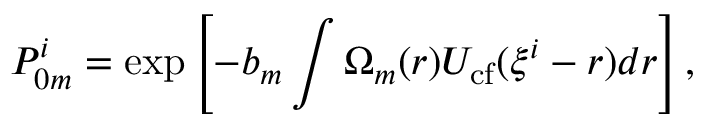
P _ { 0 m } ^ { i } = \exp \left[ - b _ { m } \int \Omega _ { m } ( \boldsymbol { r } ) U _ { \mathrm { c f } } ( \xi ^ { i } - \boldsymbol { r } ) d \boldsymbol { r } \right] ,